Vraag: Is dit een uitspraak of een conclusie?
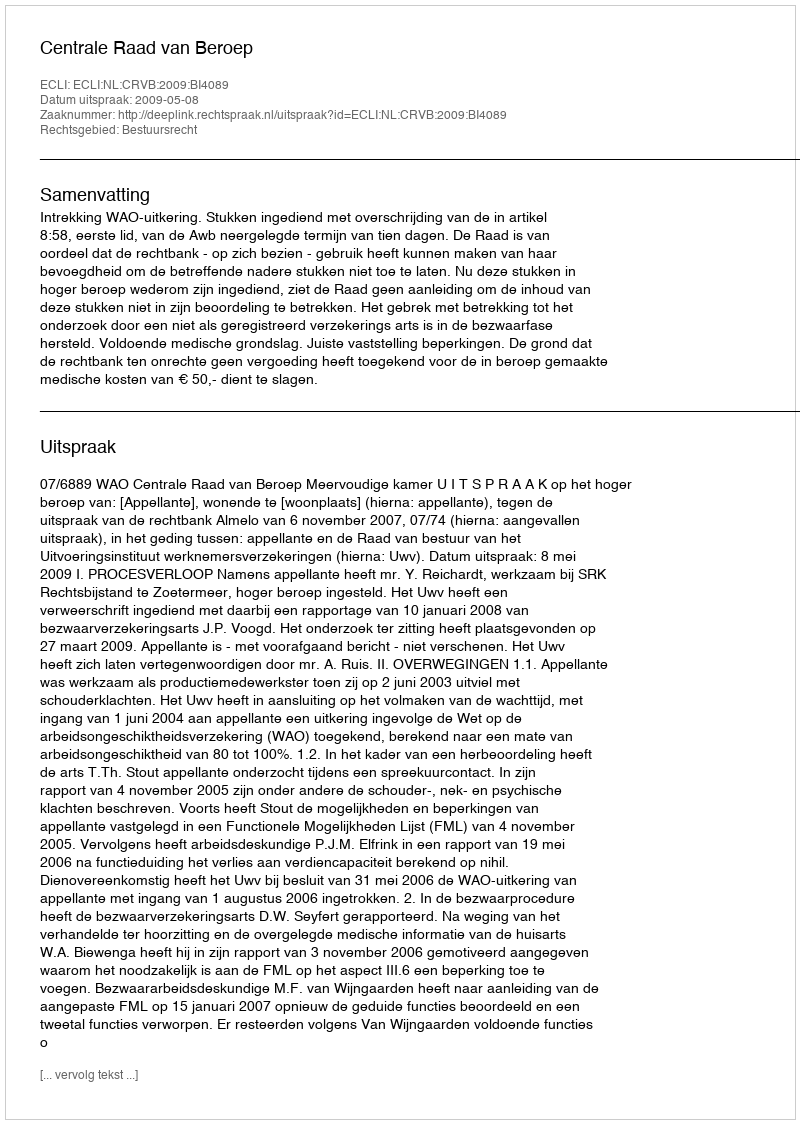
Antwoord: Uitspraak